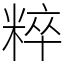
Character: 粹